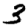
Digit: 3